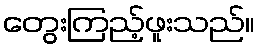
တွေးကြည့်ဖူးသည်။